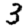
Digit: 3